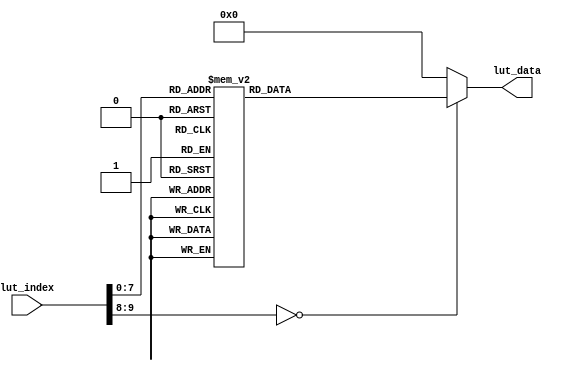
module lut_ov5640_rgb565_480_272(
	input[9:0]             lut_index,   //Look-up table address
	output reg[31:0]       lut_data     //Device address (8bit I2C address), register address, register data
);

always@(*)
begin
	case(lut_index)			  
	    10'd  0: lut_data <= {8'h78 , 24'h310311};// system clock from pad, bit[1]
	    10'd  1: lut_data <= {8'h78 , 24'h300882};// software reset, bit[7]// delay 5ms 
	    10'd  2: lut_data <= {8'h78 , 24'h300842};// software power down, bit[6]
	    10'd  3: lut_data <= {8'h78 , 24'h310303};// system clock from PLL, bit[1]
	    10'd  4: lut_data <= {8'h78 , 24'h3017ff};// FREX, Vsync, HREF, PCLK, D[9:6] output enable
	    10'd  5: lut_data <= {8'h78 , 24'h3018ff};// D[5:0], GPIO[1:0] output enable
	    10'd  6: lut_data <= {8'h78 , 24'h30341A};// MIPI 10-bit
	    10'd  7: lut_data <= {8'h78 , 24'h303713};// PLL root divider, bit[4], PLL pre-divider, bit[3:0]
	    10'd  8: lut_data <= {8'h78 , 24'h310801};// PCLK root divider, bit[5:4], SCLK2x root divider, bit[3:2] // SCLK root divider, bit[1:0] 
	    10'd  9: lut_data <= {8'h78 , 24'h363036};
	    10'd 10: lut_data <= {8'h78 , 24'h36310e};
	    10'd 11: lut_data <= {8'h78 , 24'h3632e2};
	    10'd 12: lut_data <= {8'h78 , 24'h363312};
	    10'd 13: lut_data <= {8'h78 , 24'h3621e0};
	    10'd 14: lut_data <= {8'h78 , 24'h3704a0};
	    10'd 15: lut_data <= {8'h78 , 24'h37035a};
	    10'd 16: lut_data <= {8'h78 , 24'h371578};
	    10'd 17: lut_data <= {8'h78 , 24'h371701};
	    10'd 18: lut_data <= {8'h78 , 24'h370b60};
	    10'd 19: lut_data <= {8'h78 , 24'h37051a};
	    10'd 20: lut_data <= {8'h78 , 24'h390502};
	    10'd 21: lut_data <= {8'h78 , 24'h390610};
	    10'd 22: lut_data <= {8'h78 , 24'h39010a};
	    10'd 23: lut_data <= {8'h78 , 24'h373112};
	    10'd 24: lut_data <= {8'h78 , 24'h360008};// VCM control
	    10'd 25: lut_data <= {8'h78 , 24'h360133};// VCM control
	    10'd 26: lut_data <= {8'h78 , 24'h302d60};// system control
	    10'd 27: lut_data <= {8'h78 , 24'h362052};
	    10'd 28: lut_data <= {8'h78 , 24'h371b20};
	    10'd 29: lut_data <= {8'h78 , 24'h471c50};
	    10'd 30: lut_data <= {8'h78 , 24'h3a1343};// pre-gain = 1.047x
	    10'd 31: lut_data <= {8'h78 , 24'h3a1800};// gain ceiling
	    10'd 32: lut_data <= {8'h78 , 24'h3a19f8};// gain ceiling = 15.5x
	    10'd 33: lut_data <= {8'h78 , 24'h363513};
	    10'd 34: lut_data <= {8'h78 , 24'h363603};
	    10'd 35: lut_data <= {8'h78 , 24'h363440};
	    10'd 36: lut_data <= {8'h78 , 24'h362201}; // 50/60Hz detection     50/60Hz 
	    10'd 37: lut_data <= {8'h78 , 24'h3c0134};// Band auto, bit[7]
	    10'd 38: lut_data <= {8'h78 , 24'h3c0428};// threshold low sum	 
	    10'd 39: lut_data <= {8'h78 , 24'h3c0598};// threshold high sum
	    10'd 40: lut_data <= {8'h78 , 24'h3c0600};// light meter 1 threshold[15:8]
	    10'd 41: lut_data <= {8'h78 , 24'h3c0708};// light meter 1 threshold[7:0]
	    10'd 42: lut_data <= {8'h78 , 24'h3c0800};// light meter 2 threshold[15:8]
	    10'd 43: lut_data <= {8'h78 , 24'h3c091c};// light meter 2 threshold[7:0]
	    10'd 44: lut_data <= {8'h78 , 24'h3c0a9c};// sample number[15:8]
	    10'd 45: lut_data <= {8'h78 , 24'h3c0b40};// sample number[7:0]
	    10'd 46: lut_data <= {8'h78 , 24'h381000};// Timing Hoffset[11:8]
	    10'd 47: lut_data <= {8'h78 , 24'h381110};// Timing Hoffset[7:0]
	    10'd 48: lut_data <= {8'h78 , 24'h381200};// Timing Voffset[10:8] 
	    10'd 49: lut_data <= {8'h78 , 24'h370864};
	    10'd 50: lut_data <= {8'h78 , 24'h400102};// BLC start from line 2
	    10'd 51: lut_data <= {8'h78 , 24'h40051a};// BLC always update
	    10'd 52: lut_data <= {8'h78 , 24'h300000};// enable blocks
	    10'd 53: lut_data <= {8'h78 , 24'h3004ff};// enable clocks 
	    10'd 54: lut_data <= {8'h78 , 24'h300e58};// MIPI power down, DVP enable
	    10'd 55: lut_data <= {8'h78 , 24'h302e00};
	    10'd 56: lut_data <= {8'h78 , 24'h430060};// RGB565
	    10'd 57: lut_data <= {8'h78 , 24'h501f01};// ISP RGB 
	    10'd 58: lut_data <= {8'h78 , 24'h440e00};
	    10'd 59: lut_data <= {8'h78 , 24'h5000a7}; // Lenc on, raw gamma on, BPC on, WPC on, CIP on // AEC target
	    10'd 60: lut_data <= {8'h78 , 24'h3a0f30};// stable range in high
	    10'd 61: lut_data <= {8'h78 , 24'h3a1028};// stable range in low
	    10'd 62: lut_data <= {8'h78 , 24'h3a1b30};// stable range out high
	    10'd 63: lut_data <= {8'h78 , 24'h3a1e26};// stable range out low
	    10'd 64: lut_data <= {8'h78 , 24'h3a1160};// fast zone high
	    10'd 65: lut_data <= {8'h78 , 24'h3a1f14};// fast zone low// Lens correction for
	    10'd 66: lut_data <= {8'h78 , 24'h580023};
	    10'd 67: lut_data <= {8'h78 , 24'h580114};
	    10'd 68: lut_data <= {8'h78 , 24'h58020f};
	    10'd 69: lut_data <= {8'h78 , 24'h58030f};
	    10'd 70: lut_data <= {8'h78 , 24'h580412};
	    10'd 71: lut_data <= {8'h78 , 24'h580526};
	    10'd 72: lut_data <= {8'h78 , 24'h58060c};
	    10'd 73: lut_data <= {8'h78 , 24'h580708};
	    10'd 74: lut_data <= {8'h78 , 24'h580805};
	    10'd 75: lut_data <= {8'h78 , 24'h580905};
	    10'd 76: lut_data <= {8'h78 , 24'h580a08};
	    10'd 77: lut_data <= {8'h78 , 24'h580b0d};
	    10'd 78: lut_data <= {8'h78 , 24'h580c08};
	    10'd 79: lut_data <= {8'h78 , 24'h580d03};
	    10'd 80: lut_data <= {8'h78 , 24'h580e00};
	    10'd 81: lut_data <= {8'h78 , 24'h580f00};
	    10'd 82: lut_data <= {8'h78 , 24'h581003};
	    10'd 83: lut_data <= {8'h78 , 24'h581109};
	    10'd 84: lut_data <= {8'h78 , 24'h581207};
	    10'd 85: lut_data <= {8'h78 , 24'h581303};
	    10'd 86: lut_data <= {8'h78 , 24'h581400};
	    10'd 87: lut_data <= {8'h78 , 24'h581501};
	    10'd 88: lut_data <= {8'h78 , 24'h581603};
	    10'd 89: lut_data <= {8'h78 , 24'h581708};
	    10'd 90: lut_data <= {8'h78 , 24'h58180d};
	    10'd 91: lut_data <= {8'h78 , 24'h581908};
	    10'd 92: lut_data <= {8'h78 , 24'h581a05};
	    10'd 93: lut_data <= {8'h78 , 24'h581b06};
	    10'd 94: lut_data <= {8'h78 , 24'h581c08};
	    10'd 95: lut_data <= {8'h78 , 24'h581d0e};
	    10'd 96: lut_data <= {8'h78 , 24'h581e29};
	    10'd 97: lut_data <= {8'h78 , 24'h581f17};
	    10'd 98: lut_data <= {8'h78 , 24'h582011};
	    10'd 99: lut_data <= {8'h78 , 24'h582111};
	    10'd100: lut_data <= {8'h78 , 24'h582215};
	    10'd101: lut_data <= {8'h78 , 24'h582328};
	    10'd102: lut_data <= {8'h78 , 24'h582446};
	    10'd103: lut_data <= {8'h78 , 24'h582526};
	    10'd104: lut_data <= {8'h78 , 24'h582608};
	    10'd105: lut_data <= {8'h78 , 24'h582726};
	    10'd106: lut_data <= {8'h78 , 24'h582864};
	    10'd107: lut_data <= {8'h78 , 24'h582926};
	    10'd108: lut_data <= {8'h78 , 24'h582a24};
	    10'd109: lut_data <= {8'h78 , 24'h582b22};
	    10'd110: lut_data <= {8'h78 , 24'h582c24};
	    10'd111: lut_data <= {8'h78 , 24'h582d24};
	    10'd112: lut_data <= {8'h78 , 24'h582e06};
	    10'd113: lut_data <= {8'h78 , 24'h582f22};
	    10'd114: lut_data <= {8'h78 , 24'h583040};
	    10'd115: lut_data <= {8'h78 , 24'h583142};
	    10'd116: lut_data <= {8'h78 , 24'h583224};
	    10'd117: lut_data <= {8'h78 , 24'h583326};
	    10'd118: lut_data <= {8'h78 , 24'h583424};
	    10'd119: lut_data <= {8'h78 , 24'h583522};
	    10'd120: lut_data <= {8'h78 , 24'h583622};
	    10'd121: lut_data <= {8'h78 , 24'h583726};
	    10'd122: lut_data <= {8'h78 , 24'h583844};
	    10'd123: lut_data <= {8'h78 , 24'h583924};
	    10'd124: lut_data <= {8'h78 , 24'h583a26};
	    10'd125: lut_data <= {8'h78 , 24'h583b28};
	    10'd126: lut_data <= {8'h78 , 24'h583c42};
	    10'd127: lut_data <= {8'h78 , 24'h583dce};// lenc BR offset
	    10'd128: lut_data <= {8'h78 , 24'h5180ff};// AWB B block
	    10'd129: lut_data <= {8'h78 , 24'h5181f2};// AWB control 
	    10'd130: lut_data <= {8'h78 , 24'h518200};// [7:4] max local counter, [3:0] max fast counter
	    10'd131: lut_data <= {8'h78 , 24'h518314};// AWB advanced 
	    10'd132: lut_data <= {8'h78 , 24'h518425};
	    10'd133: lut_data <= {8'h78 , 24'h518524};
	    10'd134: lut_data <= {8'h78 , 24'h518609};
	    10'd135: lut_data <= {8'h78 , 24'h518709};
	    10'd136: lut_data <= {8'h78 , 24'h518809};
	    10'd137: lut_data <= {8'h78 , 24'h518975};
	    10'd138: lut_data <= {8'h78 , 24'h518a54};
	    10'd139: lut_data <= {8'h78 , 24'h518be0};
	    10'd140: lut_data <= {8'h78 , 24'h518cb2};
	    10'd141: lut_data <= {8'h78 , 24'h518d42};
	    10'd142: lut_data <= {8'h78 , 24'h518e3d};
	    10'd143: lut_data <= {8'h78 , 24'h518f56};
	    10'd144: lut_data <= {8'h78 , 24'h519046};
	    10'd145: lut_data <= {8'h78 , 24'h5191f8};// AWB top limit
	    10'd146: lut_data <= {8'h78 , 24'h519204};// AWB bottom limit
	    10'd147: lut_data <= {8'h78 , 24'h519370};// red limit
	    10'd148: lut_data <= {8'h78 , 24'h5194f0};// green limit
	    10'd149: lut_data <= {8'h78 , 24'h5195f0};// blue limit
	    10'd150: lut_data <= {8'h78 , 24'h519603};// AWB control
	    10'd151: lut_data <= {8'h78 , 24'h519701};// local limit 
	    10'd152: lut_data <= {8'h78 , 24'h519804};
	    10'd153: lut_data <= {8'h78 , 24'h519912};
	    10'd154: lut_data <= {8'h78 , 24'h519a04};
	    10'd155: lut_data <= {8'h78 , 24'h519b00};
	    10'd156: lut_data <= {8'h78 , 24'h519c06};
	    10'd157: lut_data <= {8'h78 , 24'h519d82};
	    10'd158: lut_data <= {8'h78 , 24'h519e38};// AWB control
	    10'd159: lut_data <= {8'h78 , 24'h548001};// Gamma bias plus on, bit[0] 
	    10'd160: lut_data <= {8'h78 , 24'h548108};
	    10'd161: lut_data <= {8'h78 , 24'h548214};
	    10'd162: lut_data <= {8'h78 , 24'h548328};
	    10'd163: lut_data <= {8'h78 , 24'h548451};
	    10'd164: lut_data <= {8'h78 , 24'h548565};
	    10'd165: lut_data <= {8'h78 , 24'h548671};
	    10'd166: lut_data <= {8'h78 , 24'h54877d};
	    10'd167: lut_data <= {8'h78 , 24'h548887};
	    10'd168: lut_data <= {8'h78 , 24'h548991};
	    10'd169: lut_data <= {8'h78 , 24'h548a9a};
	    10'd170: lut_data <= {8'h78 , 24'h548baa};
	    10'd171: lut_data <= {8'h78 , 24'h548cb8};
	    10'd172: lut_data <= {8'h78 , 24'h548dcd};
	    10'd173: lut_data <= {8'h78 , 24'h548edd};
	    10'd174: lut_data <= {8'h78 , 24'h548fea};
	    10'd175: lut_data <= {8'h78 , 24'h54901d};// color matrix  
	    10'd176: lut_data <= {8'h78 , 24'h53811e};// CMX1 for Y
	    10'd177: lut_data <= {8'h78 , 24'h53825b};// CMX2 for Y
	    10'd178: lut_data <= {8'h78 , 24'h538308};// CMX3 for Y
	    10'd179: lut_data <= {8'h78 , 24'h53840a};// CMX4 for U
	    10'd180: lut_data <= {8'h78 , 24'h53857e};// CMX5 for U
	    10'd181: lut_data <= {8'h78 , 24'h538688};// CMX6 for U
	    10'd182: lut_data <= {8'h78 , 24'h53877c};// CMX7 for V
	    10'd183: lut_data <= {8'h78 , 24'h53886c};// CMX8 for V
	    10'd184: lut_data <= {8'h78 , 24'h538910};// CMX9 for V
	    10'd185: lut_data <= {8'h78 , 24'h538a01};// sign[9]
	    10'd186: lut_data <= {8'h78 , 24'h538b98}; // sign[8:1] // UV adjust   
	    10'd187: lut_data <= {8'h78 , 24'h558006};// saturation on, bit[1]
	    10'd188: lut_data <= {8'h78 , 24'h558340};
	    10'd189: lut_data <= {8'h78 , 24'h558410};
	    10'd190: lut_data <= {8'h78 , 24'h558910};
	    10'd191: lut_data <= {8'h78 , 24'h558a00};
	    10'd192: lut_data <= {8'h78 , 24'h558bf8};
	    10'd193: lut_data <= {8'h78 , 24'h501d40};// enable manual offset of contrast
	    10'd194: lut_data <= {8'h78 , 24'h530008};// CIP sharpen MT threshold 1
	    10'd195: lut_data <= {8'h78 , 24'h530130};// CIP sharpen MT threshold 2
	    10'd196: lut_data <= {8'h78 , 24'h530210};// CIP sharpen MT offset 1
	    10'd197: lut_data <= {8'h78 , 24'h530300};// CIP sharpen MT offset 2
	    10'd198: lut_data <= {8'h78 , 24'h530408};// CIP DNS threshold 1
	    10'd199: lut_data <= {8'h78 , 24'h530530};// CIP DNS threshold 2
	    10'd200: lut_data <= {8'h78 , 24'h530608};// CIP DNS offset 1
	    10'd201: lut_data <= {8'h78 , 24'h530716};// CIP DNS offset 2 
	    10'd202: lut_data <= {8'h78 , 24'h530908};// CIP sharpen TH threshold 1
	    10'd203: lut_data <= {8'h78 , 24'h530a30};// CIP sharpen TH threshold 2
	    10'd204: lut_data <= {8'h78 , 24'h530b04};// CIP sharpen TH offset 1
	    10'd205: lut_data <= {8'h78 , 24'h530c06};// CIP sharpen TH offset 2
	    10'd206: lut_data <= {8'h78 , 24'h502500};
	    10'd207: lut_data <= {8'h78 , 24'h300802}; // wake up from standby, bit[6]
	    10'd208: lut_data <= {8'h78 , 24'h303511};// PLL
	    10'd209: lut_data <= {8'h78 , 24'h30368C};// PLL
	    10'd210: lut_data <= {8'h78 , 24'h3c0708};// light meter 1 threshold [7:0]
	    10'd211: lut_data <= {8'h78 , 24'h382047};// Sensor flip off, ISP flip on
	    10'd212: lut_data <= {8'h78 , 24'h382101};// Sensor mirror on, ISP mirror on, H binning on
	    10'd213: lut_data <= {8'h78 , 24'h381431};// X INC 
	    10'd214: lut_data <= {8'h78 , 24'h381531};// Y INC
	    10'd215: lut_data <= {8'h78 , 24'h380000};// HS: X address start high byte
	    10'd216: lut_data <= {8'h78 , 24'h380100};// HS: X address start low byte
	    10'd217: lut_data <= {8'h78 , 24'h380200};// VS: Y address start high byte
	    10'd218: lut_data <= {8'h78 , 24'h380304};// VS: Y address start high byte 
	    10'd219: lut_data <= {8'h78 , 24'h38040a};// HW (HE)         
	    10'd220: lut_data <= {8'h78 , 24'h38053f};// HW (HE)
	    10'd221: lut_data <= {8'h78 , 24'h380607};// VH (VE)         
	    10'd222: lut_data <= {8'h78 , 24'h38079b};// VH (VE)      
	    10'd223: lut_data <= {8'h78 , 24'h380801};// DVPHO           //480
	    10'd224: lut_data <= {8'h78 , 24'h3809e0};// DVPHO
	    10'd225: lut_data <= {8'h78 , 24'h380a01};// DVPVO           //272
	    10'd226: lut_data <= {8'h78 , 24'h380b10};// DVPVO
	    10'd227: lut_data <= {8'h78 , 24'h380c07};// HTS            //Total horizontal size 
	    10'd228: lut_data <= {8'h78 , 24'h380d68};// HTS
	    10'd229: lut_data <= {8'h78 , 24'h380e03};// VTS            //total vertical size
	    10'd230: lut_data <= {8'h78 , 24'h380fd8};// VTS 
	    10'd231: lut_data <= {8'h78 , 24'h381306};// Timing Voffset 
	    10'd232: lut_data <= {8'h78 , 24'h361800};
	    10'd233: lut_data <= {8'h78 , 24'h361229};
	    10'd234: lut_data <= {8'h78 , 24'h370952};
	    10'd235: lut_data <= {8'h78 , 24'h370c03}; 
	    10'd236: lut_data <= {8'h78 , 24'h3a0217};// 60Hz max exposure, night mode 5fps
	    10'd237: lut_data <= {8'h78 , 24'h3a0310};// 60Hz max exposure // banding filters are calculated automatically in camera driver
	    10'd238: lut_data <= {8'h78 , 24'h3a1417};// 50Hz max exposure, night mode 5fps
	    10'd239: lut_data <= {8'h78 , 24'h3a1510};// 50Hz max exposure     
	    10'd240: lut_data <= {8'h78 , 24'h400402};// BLC 2 lines 
	    10'd241: lut_data <= {8'h78 , 24'h30021c};// reset JFIFO, SFIFO, JPEG
	    10'd242: lut_data <= {8'h78 , 24'h3006c3};// disable clock of JPEG2x, JPEG
	    10'd243: lut_data <= {8'h78 , 24'h471303};// JPEG mode 3
	    10'd244: lut_data <= {8'h78 , 24'h440704};// Quantization scale 
	    10'd245: lut_data <= {8'h78 , 24'h460b35};
	    10'd246: lut_data <= {8'h78 , 24'h460c22};
	    10'd247: lut_data <= {8'h78 , 24'h483722}; // DVP CLK divider
	    10'd248: lut_data <= {8'h78 , 24'h382402}; // DVP CLK divider 
	    10'd249: lut_data <= {8'h78 , 24'h5001a3}; // SDE on, scale on, UV average off, color matrix on, AWB on
	    10'd250: lut_data <= {8'h78 , 24'h350300}; // AEC/AGC on 
	    10'd251: lut_data <= {8'h78 , 24'h301602}; //Strobe output enable
	    10'd252: lut_data <= {8'h78 , 24'h3b070a}; //FREX strobe mode1		  
	    10'd253: lut_data <= {8'h78 , 24'h3b0083}; //STROBE CTRL: strobe request ON, Strobe mode: LED3 
	    10'd254: lut_data <= {8'h78 , 24'h3b0000}; //STROBE CTRL: strobe request OFF
		10'd255: lut_data <= {8'hff , 24'hffffff};
		default:lut_data <= {8'h00,16'h0000,8'h00};
	endcase
end


endmodule